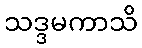
သဒ္ဒမကာသိ